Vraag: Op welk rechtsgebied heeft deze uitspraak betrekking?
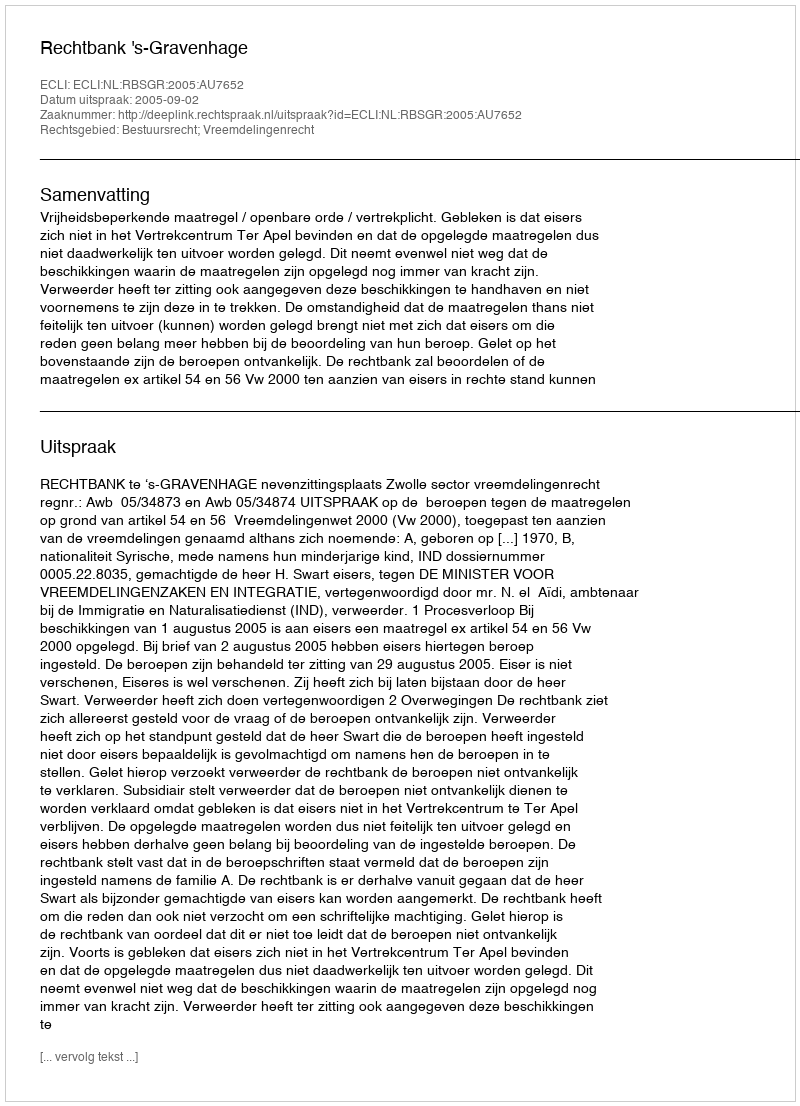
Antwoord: Bestuursrecht; Vreemdelingenrecht